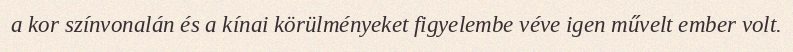
a kor színvonalán és a kínai körülményeket figyelembe véve igen művelt ember volt.